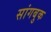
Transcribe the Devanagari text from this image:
सांगबुक